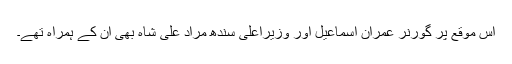
اس موقع پر گورنر عمران اسماعیل اور وزیراعلیٰ سندھ مراد علی شاہ بھی ان کے ہمراہ تھے۔